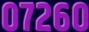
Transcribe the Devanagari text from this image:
०७२६०